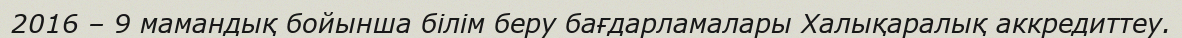
2016 – 9 мамандық бойынша білім беру бағдарламалары Халықаралық аккредиттеу.